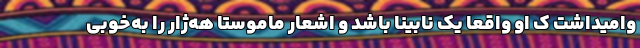
وامیداشت ک او واقعا یک نابینا باشد و اشعار ماموستا هه‌ژار را به‌خوبی